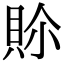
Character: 𮙾